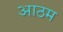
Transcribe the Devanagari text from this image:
आठम